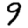
Digit: 9